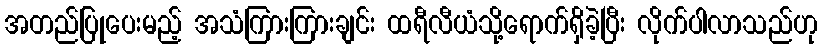
အတည်ပြုပေးမည့် အသံကြားကြားချင်း ထရီလီယံသို့ရောက်ရှိခဲ့ပြီး လိုက်ပါလာသည်ဟု